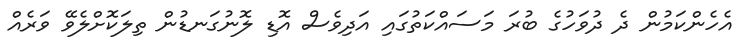
އެހެންކަމުން ދެ ދުވަހުގެ ބުރަ މަސައްކަތުގައި އަދިވެސް އޮޑި ލޮނުގަނޑުން ތިލަކޮށްލެވޭ ވަރެއް